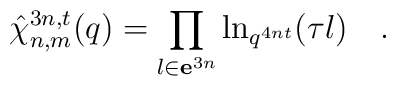
\hat{\chi}_{n,m}^{3n,t}(q)=\prod\limits_{l\in {\bf e}^{3n}}\ln_{q^{4nt}}(\tau l)\quad .\quad